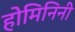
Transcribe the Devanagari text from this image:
होमिनिनी